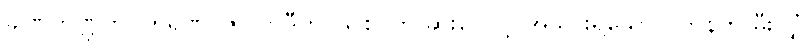
ခါဏုကဏ္ဍကပဟရဏဂ္ဂိဇာလာဒီဟိ၊ သစ်ငုတ် ဆူးငြောင့် အသွားရှိသောလက်နက် မီးလျှံ